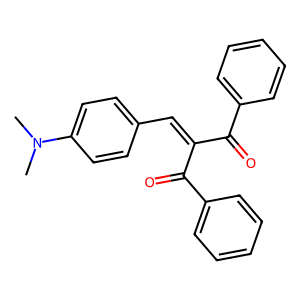
SMILES: CN(C)c1ccc(C=C(C(=O)c2ccccc2)C(=O)c2ccccc2)cc1
Inhibits HIV replication: No